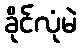
ခိုင်လုံမဲ